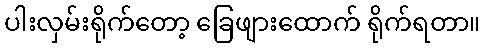
ပါးလှမ်းရိုက်တော့ ခြေဖျားထောက် ရိုက်ရတာ။